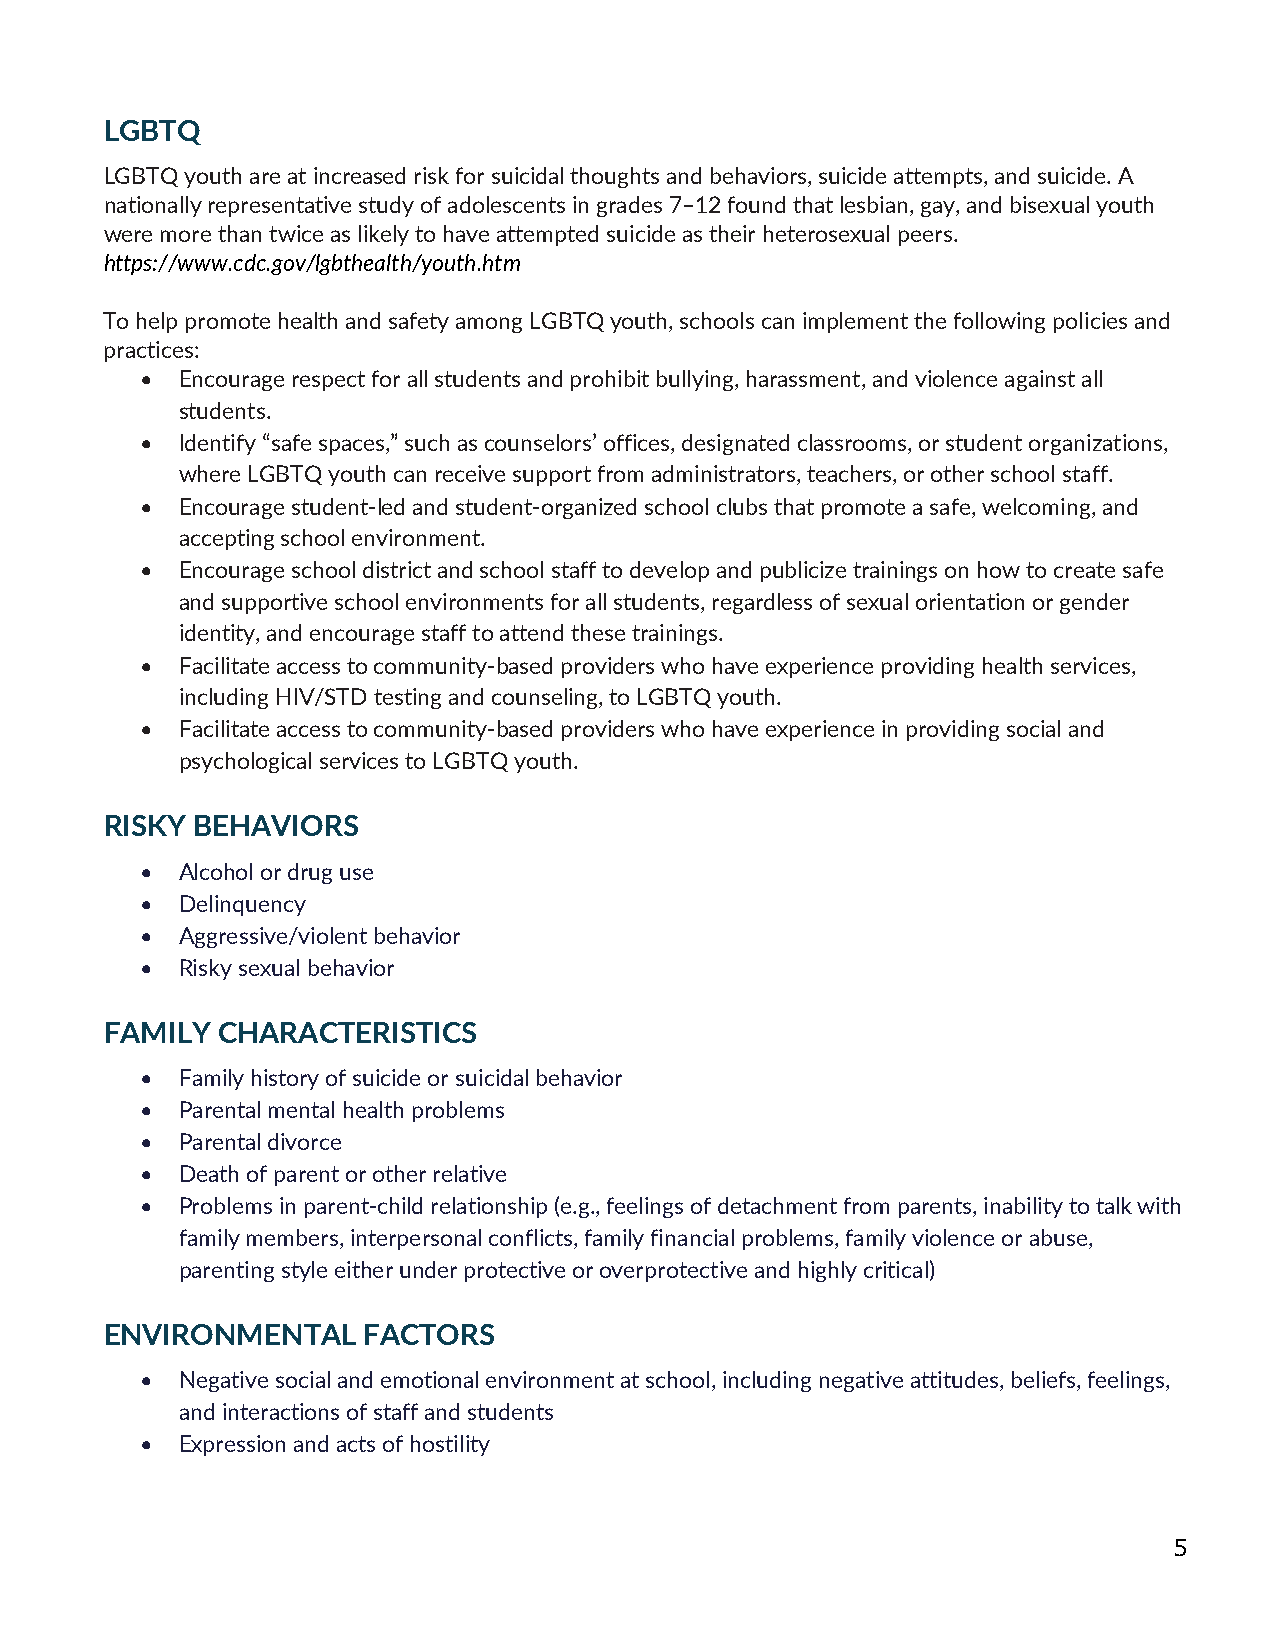
LGBTQ
 LGBTQ youth are at increased risk for suicidal thoughts and behaviors, suicide attempts, and suicide. A
 nationally representative study of adolescents in grades 7–12 found that lesbian, gay, and bisexual youth
 were more than twice as likely to have attempted suicide as their heterosexual peers.
 https://www.cdc.gov/lgbthealth/youth.htm
 To help promote health and safety among LGBTQ youth, schools can implement the following policies and
 practices:
 •  Encourage respect for all students and prohibit bullying, harassment, and violence against all
 students.
 •  Identify “safe spaces,” such as counselors’ offices, designated classrooms, or student organizations,
 where LGBTQ youth can receive support from administrators, teachers, or other school staff.
 •  Encourage student-led and student-organized school clubs that promote a safe, welcoming, and
 accepting school environment.
 •  Encourage school district and school staff to develop and publicize trainings on how to create safe
 and supportive school environments for all students, regardless of sexual orientation or gender
 identity, and encourage staff to attend these trainings.
 •  Facilitate access to community-based providers who have experience providing health services,
 including HIV/STD testing and counseling, to LGBTQ youth.
 •  Facilitate access to community-based providers who have experience in providing social and
 psychological services to LGBTQ youth.
 RISKY BEHAVIORS
 •  Alcohol or drug use
 •  Delinquency
 •  Aggressive/violent behavior
 •  Risky sexual behavior
 FAMILY CHARACTERISTICS
 •  Family history of suicide or suicidal behavior
 •  Parental mental health problems
 •  Parental divorce
 •  Death of parent or other relative
 •  Problems in parent-child relationship (e.g., feelings of detachment from parents, inability to talk with
 family members, interpersonal conflicts, family financial problems, family violence or abuse,
 parenting style either under protective or overprotective and highly critical)
 ENVIRONMENTAL    FACTORS
 •  Negative social and emotional environment at school, including negative attitudes, beliefs, feelings,
 and interactions of staff and students
 •  Expression and acts of hostility
 5